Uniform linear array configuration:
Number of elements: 48
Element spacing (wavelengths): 0.75
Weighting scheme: uniform
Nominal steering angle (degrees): -30
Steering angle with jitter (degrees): -29.484
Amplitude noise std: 0.05
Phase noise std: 0.05

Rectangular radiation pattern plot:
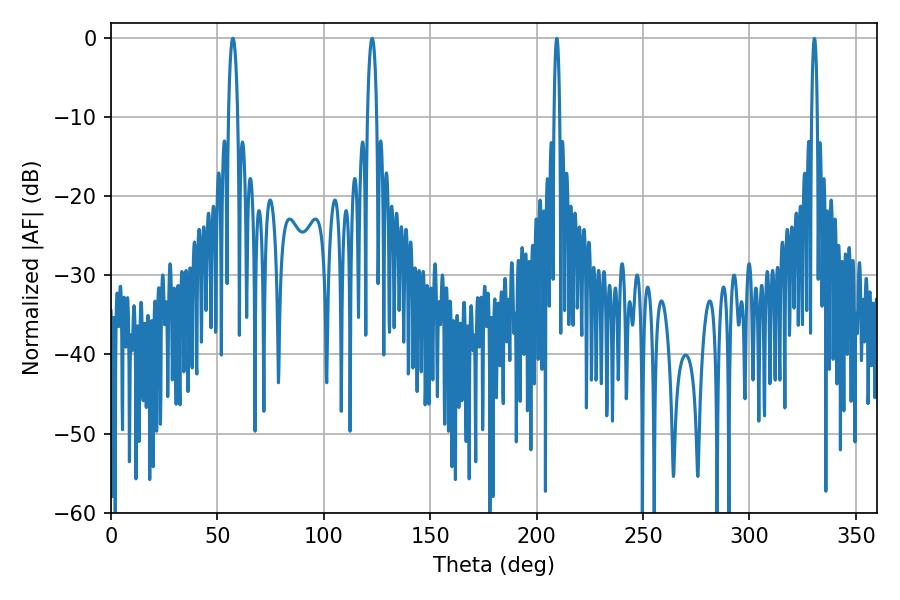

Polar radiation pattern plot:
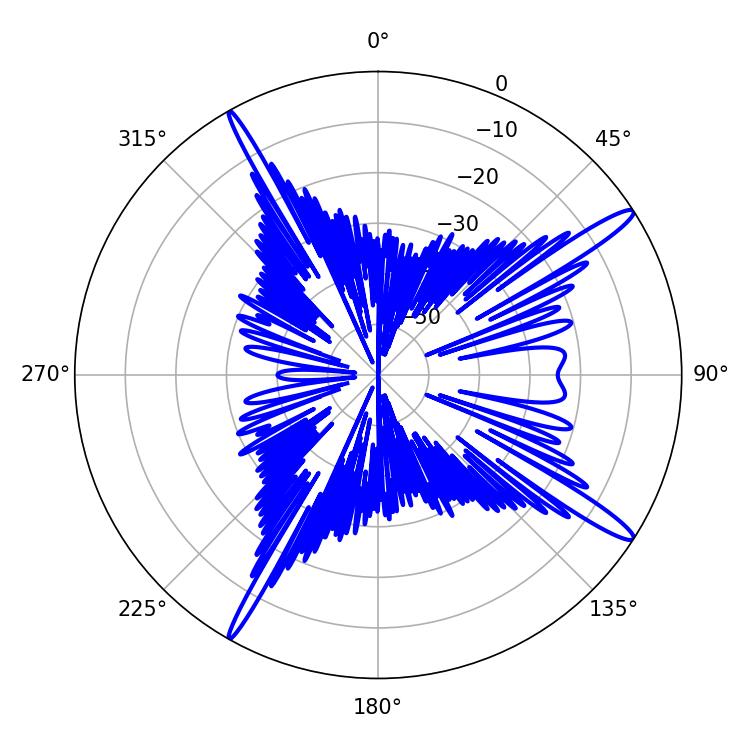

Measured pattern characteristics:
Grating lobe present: TRUE
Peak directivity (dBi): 15.53
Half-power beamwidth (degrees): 2.34
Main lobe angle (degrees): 57.24